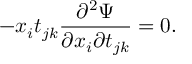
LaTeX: - x _ { i } t _ { j k } \frac { \partial ^ { 2 } \Psi } { \partial x _ { i } \partial t _ { j k } } = 0 .